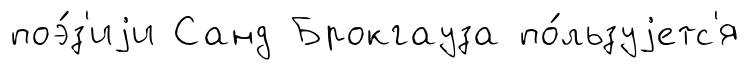
поэ́з'иjи Санд Брокгауза по́льзуjетс'я